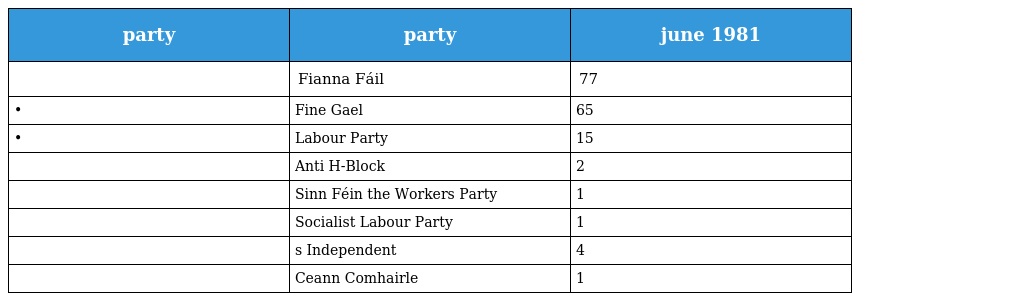
| party | party | june 1981 |
 | --- | --- | --- |
 |  | Fianna Fáil | 77 |
 | • | Fine Gael | 65 |
 | • | Labour Party | 15 |
 |  | Anti H-Block | 2 |
 |  | Sinn Féin the Workers Party | 1 |
 |  | Socialist Labour Party | 1 |
 |  | s Independent | 4 |
 |  | Ceann Comhairle | 1 |